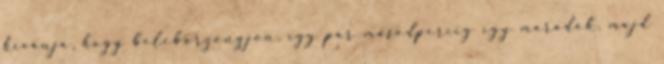
kívánja, hogy beleborzongjon, így pár másodpercig így maradok, majd